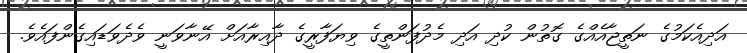
އަދިއެކަމުގެ ނަތީޖާއެއްގެ ގޮތުން ކުދި އަދި މެދުފަންތީގެ ވިޔަފާރީގެ ދާއިރާއަށް އޭނާވަނީ ވެދެވަޑައިގެންފައެވެ.